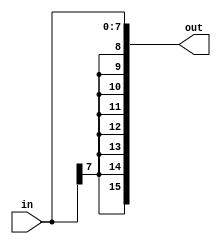
module se_8b_16b(
   input [7:0] in,
   output [15:0] out
   );
	
	assign out = {{8{in[7]}}, in};
endmodule